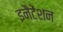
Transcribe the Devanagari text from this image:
इनैटेंशन